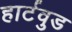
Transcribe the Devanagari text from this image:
हार्टवुड